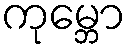
ကုမ္ဘော